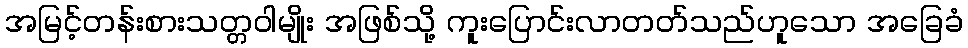
အမြင့်တန်းစားသတ္တဝါမျိုး အဖြစ်သို့ ကူးပြောင်းလာတတ်သည်ဟူသော အခြေခံ